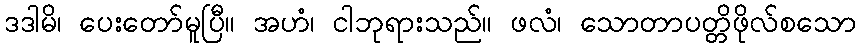
ဒဒါမိ၊ ပေးတော်မူပြီ။ အဟံ၊ ငါဘုရားသည်။ ဖလံ၊ သောတာပတ္တိဖိုလ်စသော